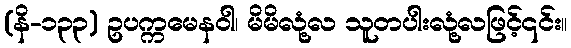
(နိ-၁၃၃) ဥပက္ကမေနဝါ၊ မိမိလုံ့လ သူတပါးလုံ့လဖြင့်၎င်း။